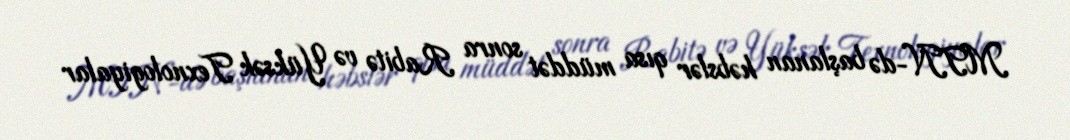
MTN-də başlanan həbslər qısa müddət sonra Rabitə və Yüksək Texnologiyalar